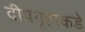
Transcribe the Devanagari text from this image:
दीपगृहाकडे